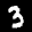
Label: 3